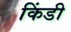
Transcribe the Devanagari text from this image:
किंडी